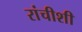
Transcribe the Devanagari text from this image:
रांचीशी